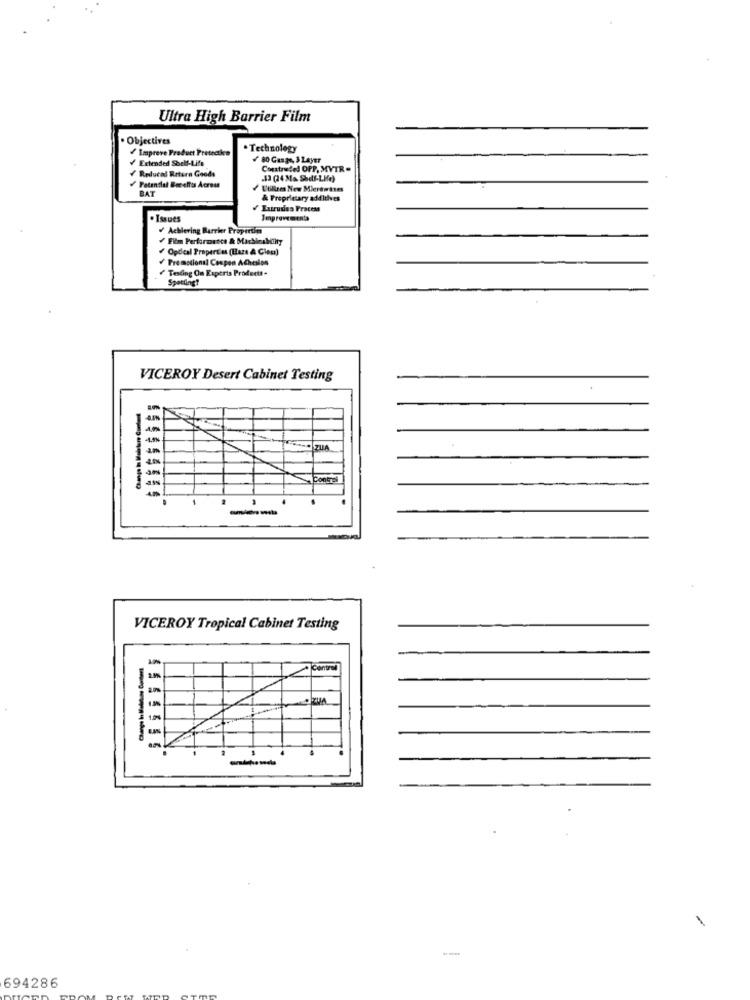
Ultra High Barrier Film
. Objectives
Impreve Product Pretectka
· Technology
Extended Sbelt-Life
80 Gange, 3 Layer
Reduced Return Goods
Construded OPP, MVTR-
.13 (24 Ma Shof-LIe)
Potential Becelfis Across
BAT
Utiles New Mlerdoises
& Proprietary additives
Lutrudes Process
. Issues
Improvements
₩ Achlering Barrier Properties
Fim Performance & MachinaMINty
Optical Properties (Baze A Cien)
Promotional Cospen Acheslos
Testing On Experts Productt.
Spetting?
VICEROY Desert Cabinet Testing
an
Contres
-
VICEROY Tropical Cabinet Testing
Control
1
694286